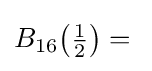
B_{16}{\bigl (}{\tfrac {1}{2}}{\bigr )}={}